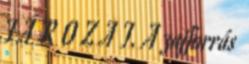
T Á R O Z A T. A zajforrás